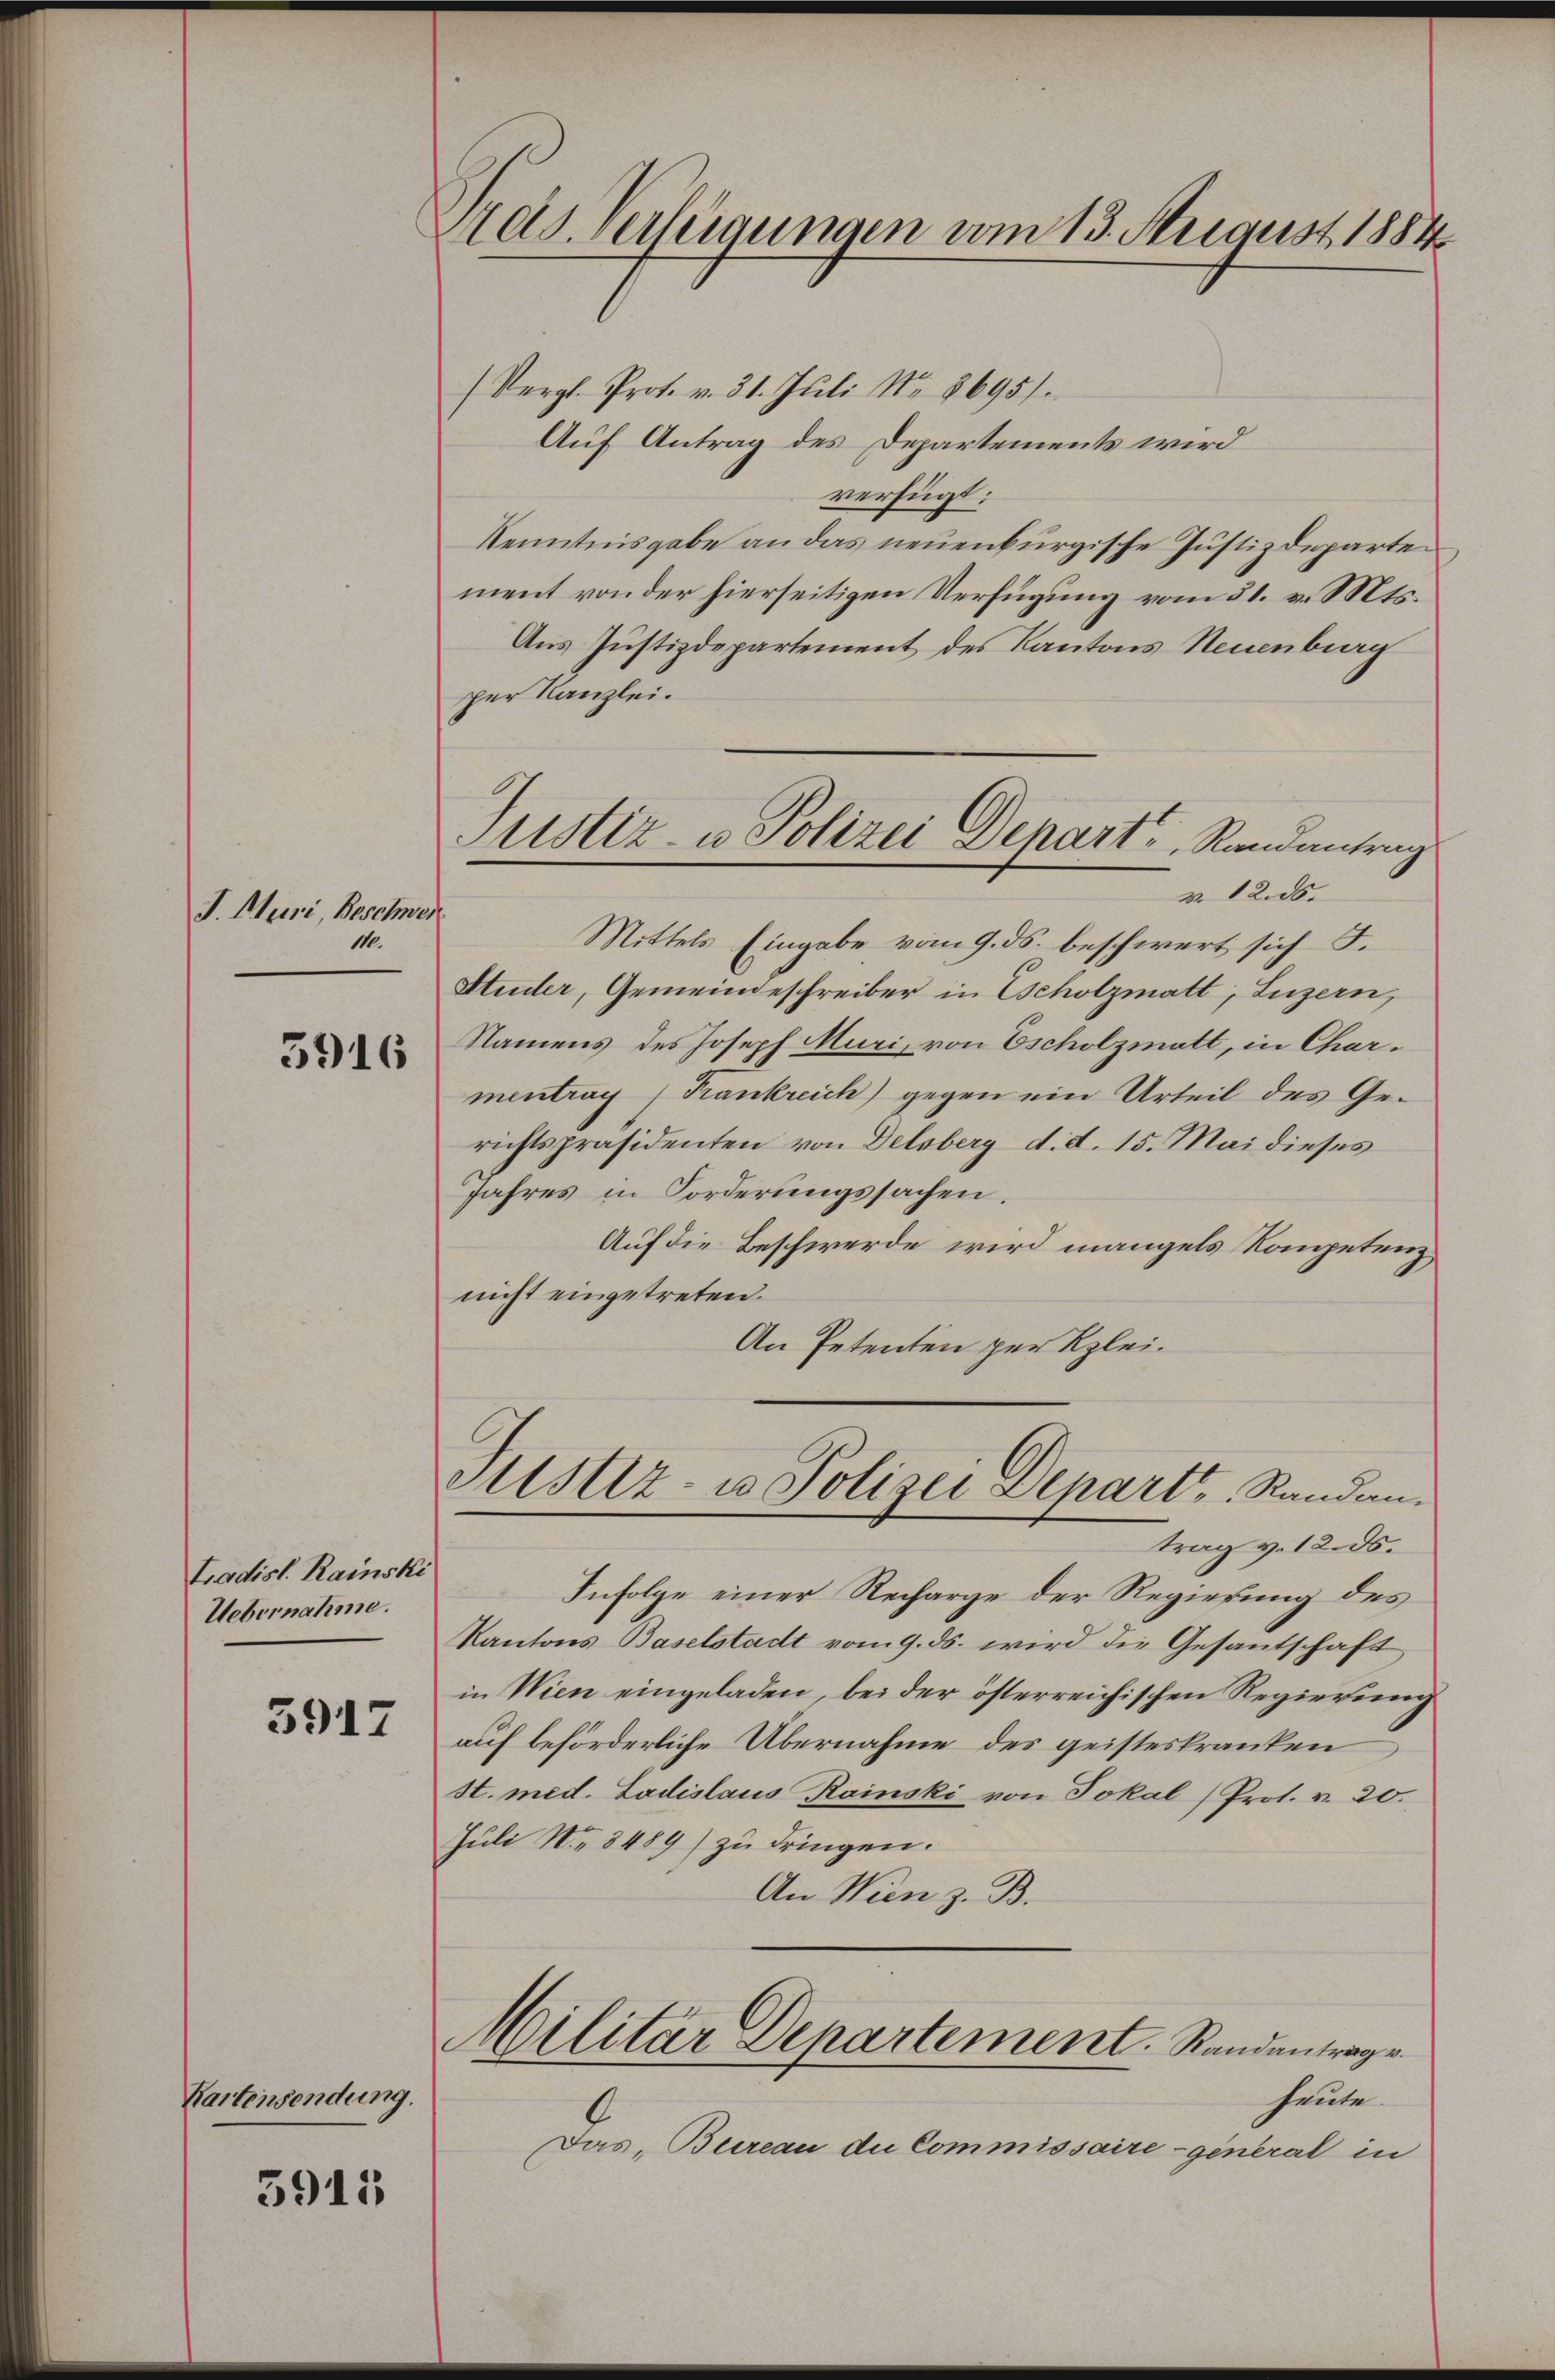
I. Muri, Beschwei
110.

3916

Ladisl. Rainski
Uebernahme.

3917

Kartensendung.

5911

Ads. verlegungen vom 13. August 1884

(Vergl. Prot. v. 31. Jŭli Nr. 8695).
Auf Antrag des Departements wird
verfügt:
Kenntnisgabe an das neuenburgische Justizdeparte
ment von der hierseitigen Verfügung vom 31. v. Mts.
Aus Justizdepartement des Kantons Neuenburg
per Kanzlei.
v. 12. ds.
Mittels Eingabe vom 9. ds. beschwert sich F.
Studer, Gemeindeschreiber in Scholzmatt; Luzern,
Namens des Joseph Muri, von Escholzmatt, in Charmentrag (Frankreich) gegen ein Urteil des Gerichtspräsidenten von Delsberg d. d. 15. Mai dieses
Jahres in Forderungssachen.
Auf die Beschwerde wird mangels Kompetenz
nicht eingetreten.
An Petenten per Klei¬

Justiz- u Polizei Depart, Randantrag

Astiz- u. Polizei Depart, Randantrag v. 12. ds.

Infolge einer Recharge der Regierung des
Kantons Baselstadt vom 9. ds. wird die Gesantschaft
in Wien eingeladen, bei der österreichischen Regierung
auf beförderliche Übernahme des geisteskranken
St. med. Ladislaus Rainski von Jokal (Prot. v. 20.
Juli No 8489) zu dringen.
An Wien z. B.
Militar Departement. Randantrage
heute.
Das Bureau die Commissaire-general in